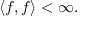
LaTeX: \langle f , f \rangle < \infty .